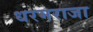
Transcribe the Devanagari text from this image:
धरमराजा